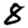
Digit: 8